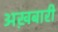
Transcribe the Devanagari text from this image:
अख़बारी